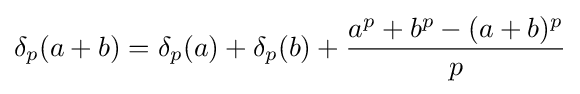
\delta _{p}(a+b)=\delta _{p}(a)+\delta _{p}(b)+{\frac {a^{p}+b^{p}-(a+b)^{p}}{p}}